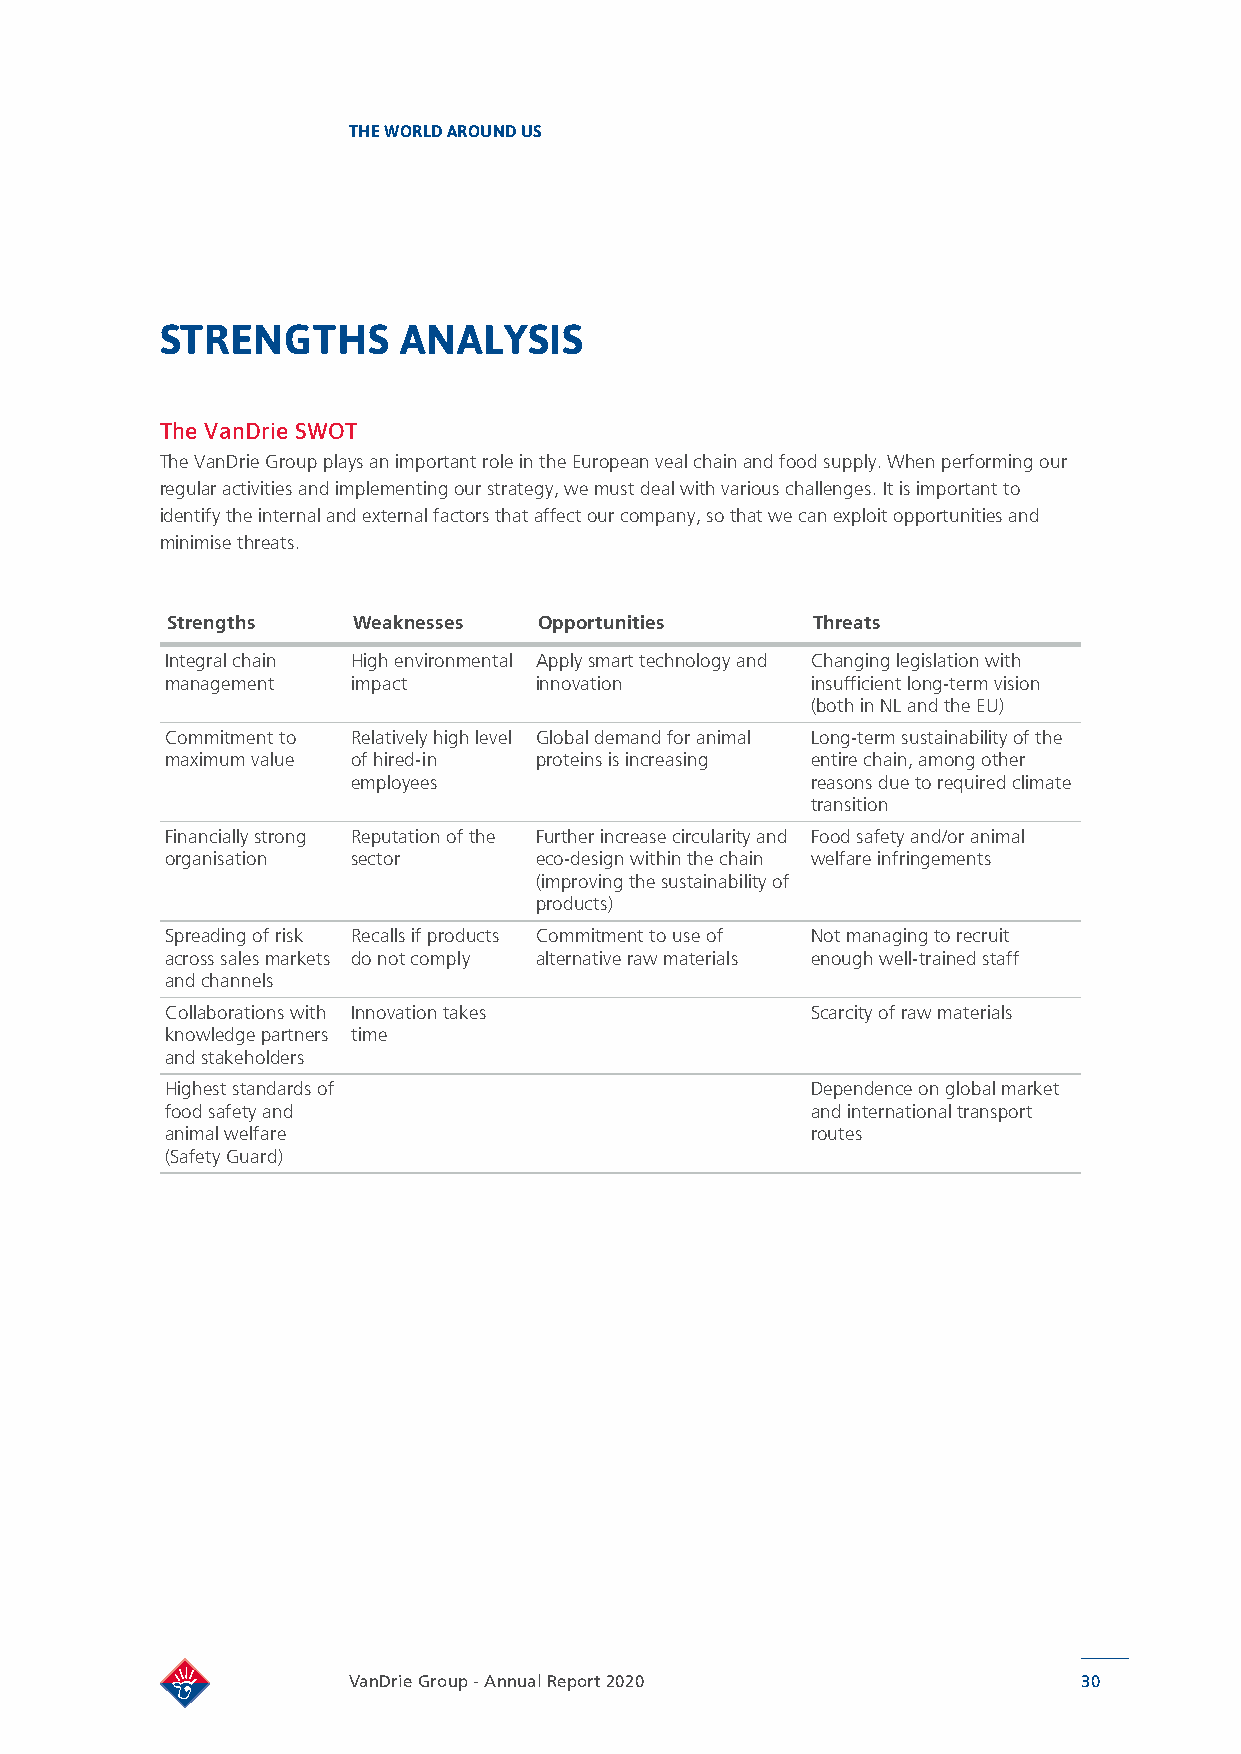
THE WORLD AROUND US
 STRENGTHS      ANALYSIS
 The VanDrie SWOT
 The VanDrie Group plays an important role in the European veal chain and food supply. When performing our
 regular activities and implementing our strategy, we must deal with various challenges. It is important to
 identify the internal and external factors that affect our company, so that we can exploit opportunities and
 minimise threats.
 Strengths   Weaknesses   Opportunities     Threats
 Integral chain High environmental Apply smart technology and Changing legislation with
 management  impact      innovation         insufficient long-term vision
 (both in NL and the EU)
 Commitment to Relatively high level Global demand for animal Long-term sustainability of the
 maximum value of hired-in proteins is increasing entire chain, among other
 employees                      reasons due to required climate
 transition
 Financially strong Reputation of the Further increase circularity and Food safety and/or animal
 organisation sector     eco-design within the chain welfare infringements
 (improving the sustainability of
 products)
 Spreading of risk Recalls if products Commitment to use of Not managing to recruit
 across sales markets do not comply alternative raw materials enough well-trained staff
 and channels
 Collaborations with Innovation takes       Scarcity of raw materials
 knowledge partners time
 and stakeholders
 Highest standards of                       Dependence on global market
 food safety and                            and international transport
 animal welfare                             routes
 (Safety Guard)
 VanDrie Group - Annual Report 2020               30